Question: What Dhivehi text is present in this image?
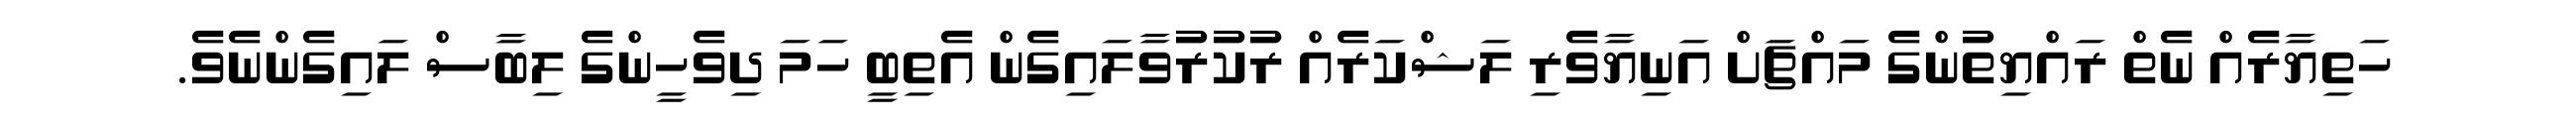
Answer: ހަތިޔާރެއް ނެތް ރައްޔިތުންގެ މައްޗަށް އަނިޔާވެރި ލަޝްކަރެއް ރުކުރުވާލައިގެން އެތިބީ ހަމަ ދިވެހީންގެ ލިބާސް ލައިގެންނެވެ.